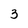
Character: 3